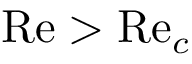
\mathrm { R e } > \mathrm { R e } _ { c }